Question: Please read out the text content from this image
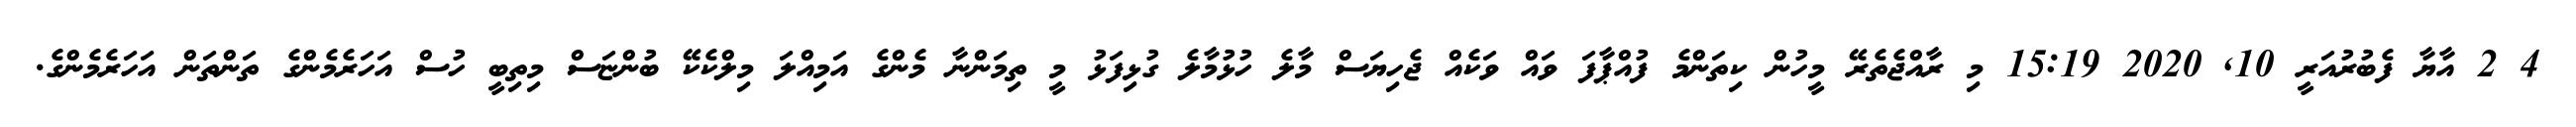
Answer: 4 2 އާޔާ ފެބުރުއަރީ 10, 2020 15:19 މި ރާއްޖެތެރޭ މީހުން ކިތަންމެ ފުއްޕާފަ ވައް ވަކެއް ޖެހިޔަސް މާލެ ހުޅުމާލެ ގުޅިފަޅު މީ ތިމަންނާ މެންގެ އަމިއްލަ މިލްކެކޭ ބުންޏަސް މިތިބީ ހުސް އަހަރެމެންގެ ތަންތަން އަހަރެމެންގެ.